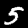
Label: 5